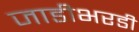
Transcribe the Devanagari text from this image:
जाडीभरडी